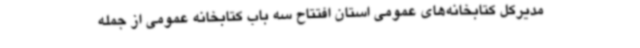
مدیرکل کتابخانه‌های عمومی استان افتتاح سه باب کتابخانه عمومی از جمله